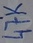
Text: 47K